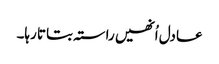
عادل اُنھیں راستہ بتاتا رہا۔